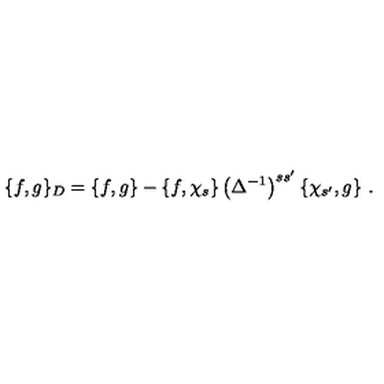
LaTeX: \{ f , g \} _ { D } = \{ f , g \} - \{ f , \chi _ { s } \} \left( \Delta ^ { - 1 } \right) ^ { s s ^ { \prime } } \{ \chi _ { s ^ { \prime } } , g \} \ .